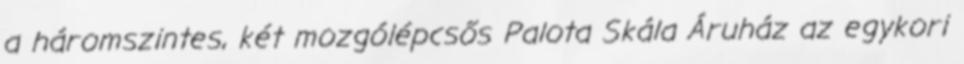
a háromszintes, két mozgólépcsős Palota Skála Áruház az egykori